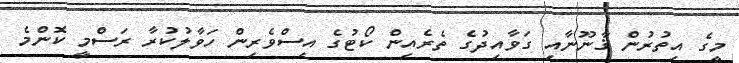
މީގެ އިތުރުން ޤާނޫނާއި ގަވާއިދުގެ ތެރެއިން ކޯޓުގެ އިސްވެރިން ހަވާލުކުރާ ރަސްމީ ކޮންމެ